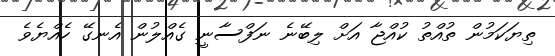
ތިޔަކަމުން ތުއްތު ކުއްޖާ އަށް ލިބޭނެ ނަފްސާނީ ގެއްލުން އެނގޭ ހެއްޔެވެ